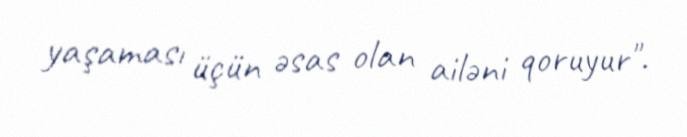
yaşaması üçün əsas olan ailəni qoruyur".